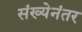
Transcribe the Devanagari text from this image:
संख्येनंतर